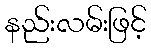
နည်းလမ်းဖြင့်